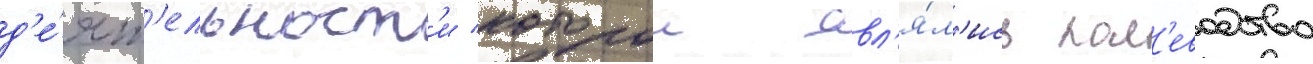
д'е́ят'ельност'и которои явл'я́л'ись пол'еводство